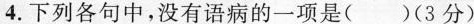
4.下列各句中，没有语病的一项是()(3分)